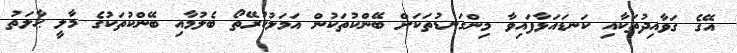
އޭގެ ގަވާއިދުތަކާއި ކަނޑައަޅާފައިވާ މިންގަނޑުތަކަށް ބޭންކުތަކުން އަމަލުކުރޭތޯ ބެލުމާއި ބޭންކުތަކުގެ މާލީ ޙާލަތު